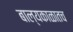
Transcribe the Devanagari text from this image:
बाल्यकाळातच